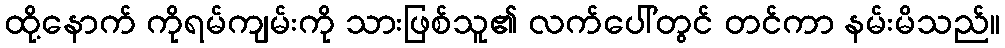
ထို့နောက် ကိုရမ်ကျမ်းကို သားဖြစ်သူ၏ လက်ပေါ်တွင် တင်ကာ နမ်းမိသည်။